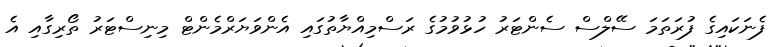
ފެނަކައިގެ ފުރަތަމަ ސޭލްސް ސެންޓަރު ހުޅުވުމުގެ ރަސްމިއްޔާތުގައި އެންވަޔަރްމެންޓް މިނިސްޓަރު ތޯރިގާއި އެ